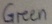
Text: Green